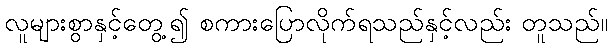
လူများစွာနှင့်တွေ့၍ စကားပြောလိုက်ရသည်နှင့်လည်း တူသည်။